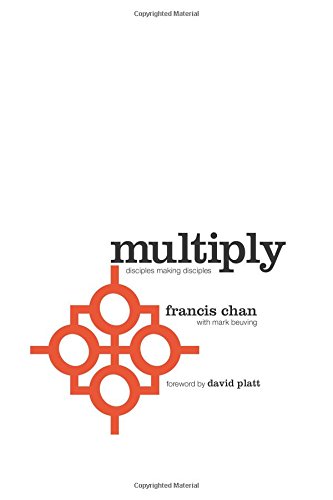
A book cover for Multiply: Disciples Making Disciples; Francis Chan; Christian Books & Bibles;